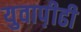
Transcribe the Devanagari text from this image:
युवाप़ीढी